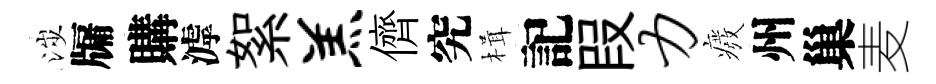
涉牖購滹絮羔儕究楫記叚力癈州巢麦